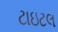
ટાઇટલ